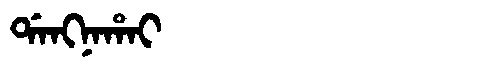
Manchu: ᡩᠠᠩᠨᠠᡥᠠᡳ
Romanization: DANGNAHAI